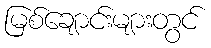
မြစ်ချောင်းများတွင်